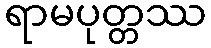
ရာမပုတ္တဿ